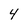
Character: 4